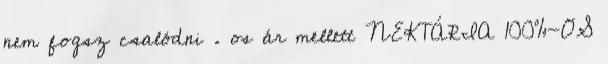
nem fogsz csalódni . os ár mellett NEKTÁRIA 100%-OS